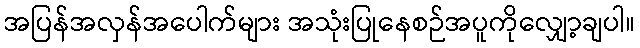
အပြန်အလှန်အပေါက်များ အသုံးပြုနေစဉ်အပူကိုလျှော့ချပါ။